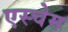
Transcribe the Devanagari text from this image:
एस्चेम